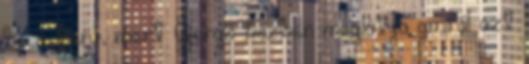
be a terv, mert Gergő közben meglátja amiről azt